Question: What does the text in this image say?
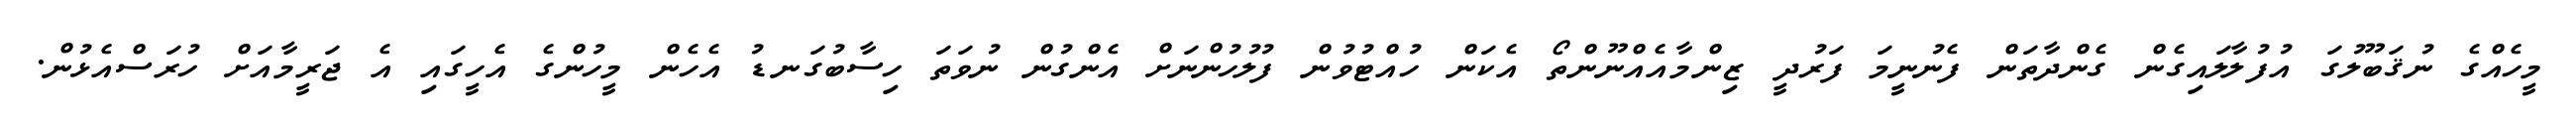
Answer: މީހެއްގެ ނުޤަބޫލުގަ އުފުލާލައިގެން ގެންދާތަން ފެނުނީމަ ފަރުދީ ޒިންމާއެއްނޫންތޯ އެކަން ހުއްޓުވުން ފުލުހުންނަށް އެންގުން ނުވަތަ ހިސާބުގަނޑު އެހެން މީހުންގެ އެހީގައި އެ ޖަރީމާއަށް ހުރަސްއެޅުން.